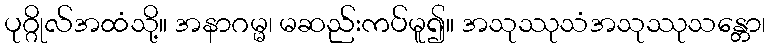
ပုဂ္ဂိုလ်အထံသို့။ အနာဂမ္မ၊ မဆည်းကပ်မူ၍။ အသုဿုသံအသုဿုသန္တော၊